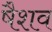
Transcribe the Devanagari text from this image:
षैशव